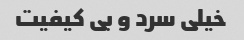
خیلی سرد و بی کیفیت